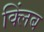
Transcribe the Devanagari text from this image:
क्लिंब